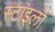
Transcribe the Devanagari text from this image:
स्टाइलों